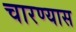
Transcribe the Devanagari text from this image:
चारण्यास